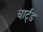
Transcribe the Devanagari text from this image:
चार्ट्ड